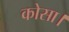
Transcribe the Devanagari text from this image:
कोसा।